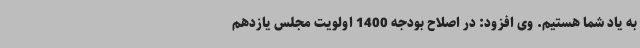
به یاد شما هستیم. وی افزود: در اصلاح بودجه 1400 اولویت مجلس یازدهم